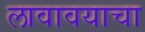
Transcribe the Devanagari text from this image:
लावावयाचा